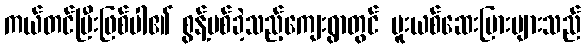
ကယ်တင်ပြီးဖြစ်ပါ၏ စွန့်ပစ်ခဲ့သည့်ကျေးရွာတွင် မူးယစ်ဆေးပြားများသည်